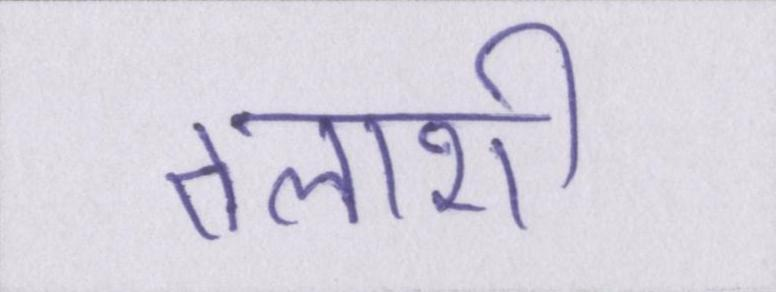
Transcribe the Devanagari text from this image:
तलाशी